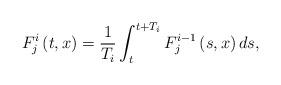
LaTeX: \begin{align*}F_{j}^{i}\left(t,x\right)=\frac{1}{T_{i}}\int_{t}^{t+T_{i}}F_{j}^{i-1}\left(s,x\right)ds,\end{align*}